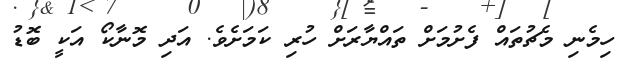
ހިމެނި މެޗުތައް ފެށުމަށް ތައްޔާރަށް ހުރި ކަމަށެވެ. އަދި މޮނާކޯ އަކީ ބޮޑު